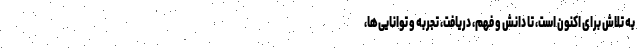
به تلاش برای اکنون است، تا دانش و فهم، دریافت، تجربه و توانایی‌ها،